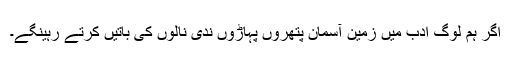
اگر ہم لوگ ادب میں زمین آسمان پتھروں پہاڑوں ندی نالوں کی باتیں کرتے رہینگے۔